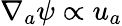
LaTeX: \nabla_{a}\psi\propto u_{a}